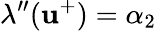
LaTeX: \lambda^{\prime\prime}(\mathbf{u}^{+})=\alpha_{2}